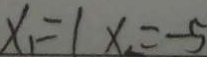
x _ { 1 } = 1 x = - 5